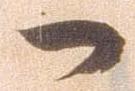
一